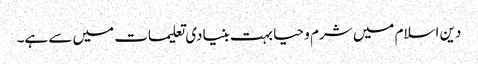
دین اسلام میں شرم و حیا بہت بنیادی تعلیمات میں سے ہے۔